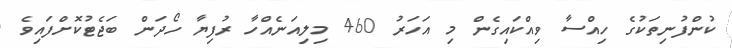
ކުންފުނިތަކުގެ ހިއްސާ ވިއްކައިގެން މި އަހަރު 460 މިލިއަނެއްހާ ރުފިޔާ ހޯދަން ބަޖެޓުކޮށްފައިވެ